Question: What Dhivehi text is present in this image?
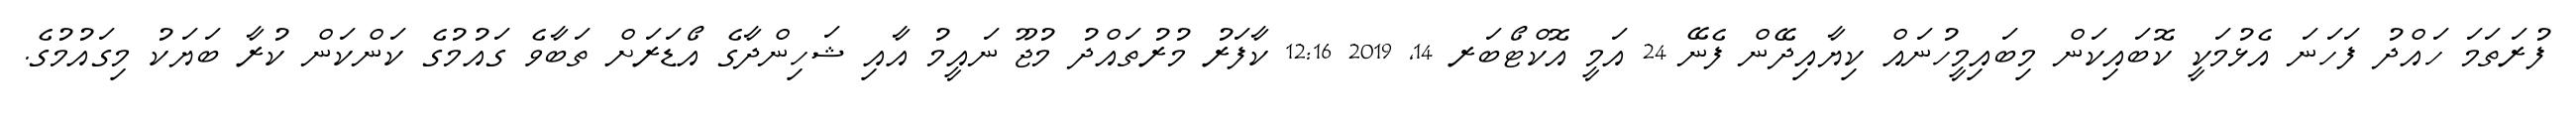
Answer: ފުރަތަމަ ހައްދު ފަހަނަ އެޅުމަކީ ކޮބައިކަން މިބައިމީހުނައް ކިޔާއިދޭން ފެނޭ 24 އަމީ އޮކްޓޯބަރ 14, 2019 12:16 ކާފަރު މުރުތައްދު މުޖޫ ނައީމު އާއި ޝަހިންދާގެ އޯޑަރަށް ތަބާވެ ގައުމުގެ ކަންކަން ކުރާ ބަޔަކު މިގައުމުގެ.